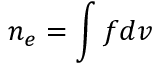
n _ { e } = \int f d v